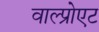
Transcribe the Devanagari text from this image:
वाल्प्रोएट